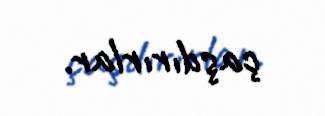
çaşdırırlar.